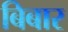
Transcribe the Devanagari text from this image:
बिबार